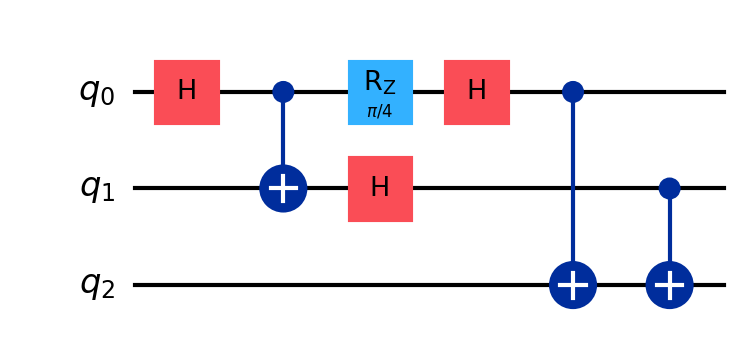
Description: Quantum coin flipping protocol
描述: 量子抛硬币协议
Category: blockchain (difficulty: advanced)
Qubits: 3, circuit depth: 6
Blockchain relevance: direct

Braket implementation:
import math
from braket.circuits import Circuit

circuit = Circuit()

circuit.h(0)
circuit.cnot(0, 1)
circuit.rz(0, math.pi / 4)
circuit.h(1)
circuit.h(0)
circuit.cnot(0, 2)
circuit.cnot(1, 2)

print(circuit)